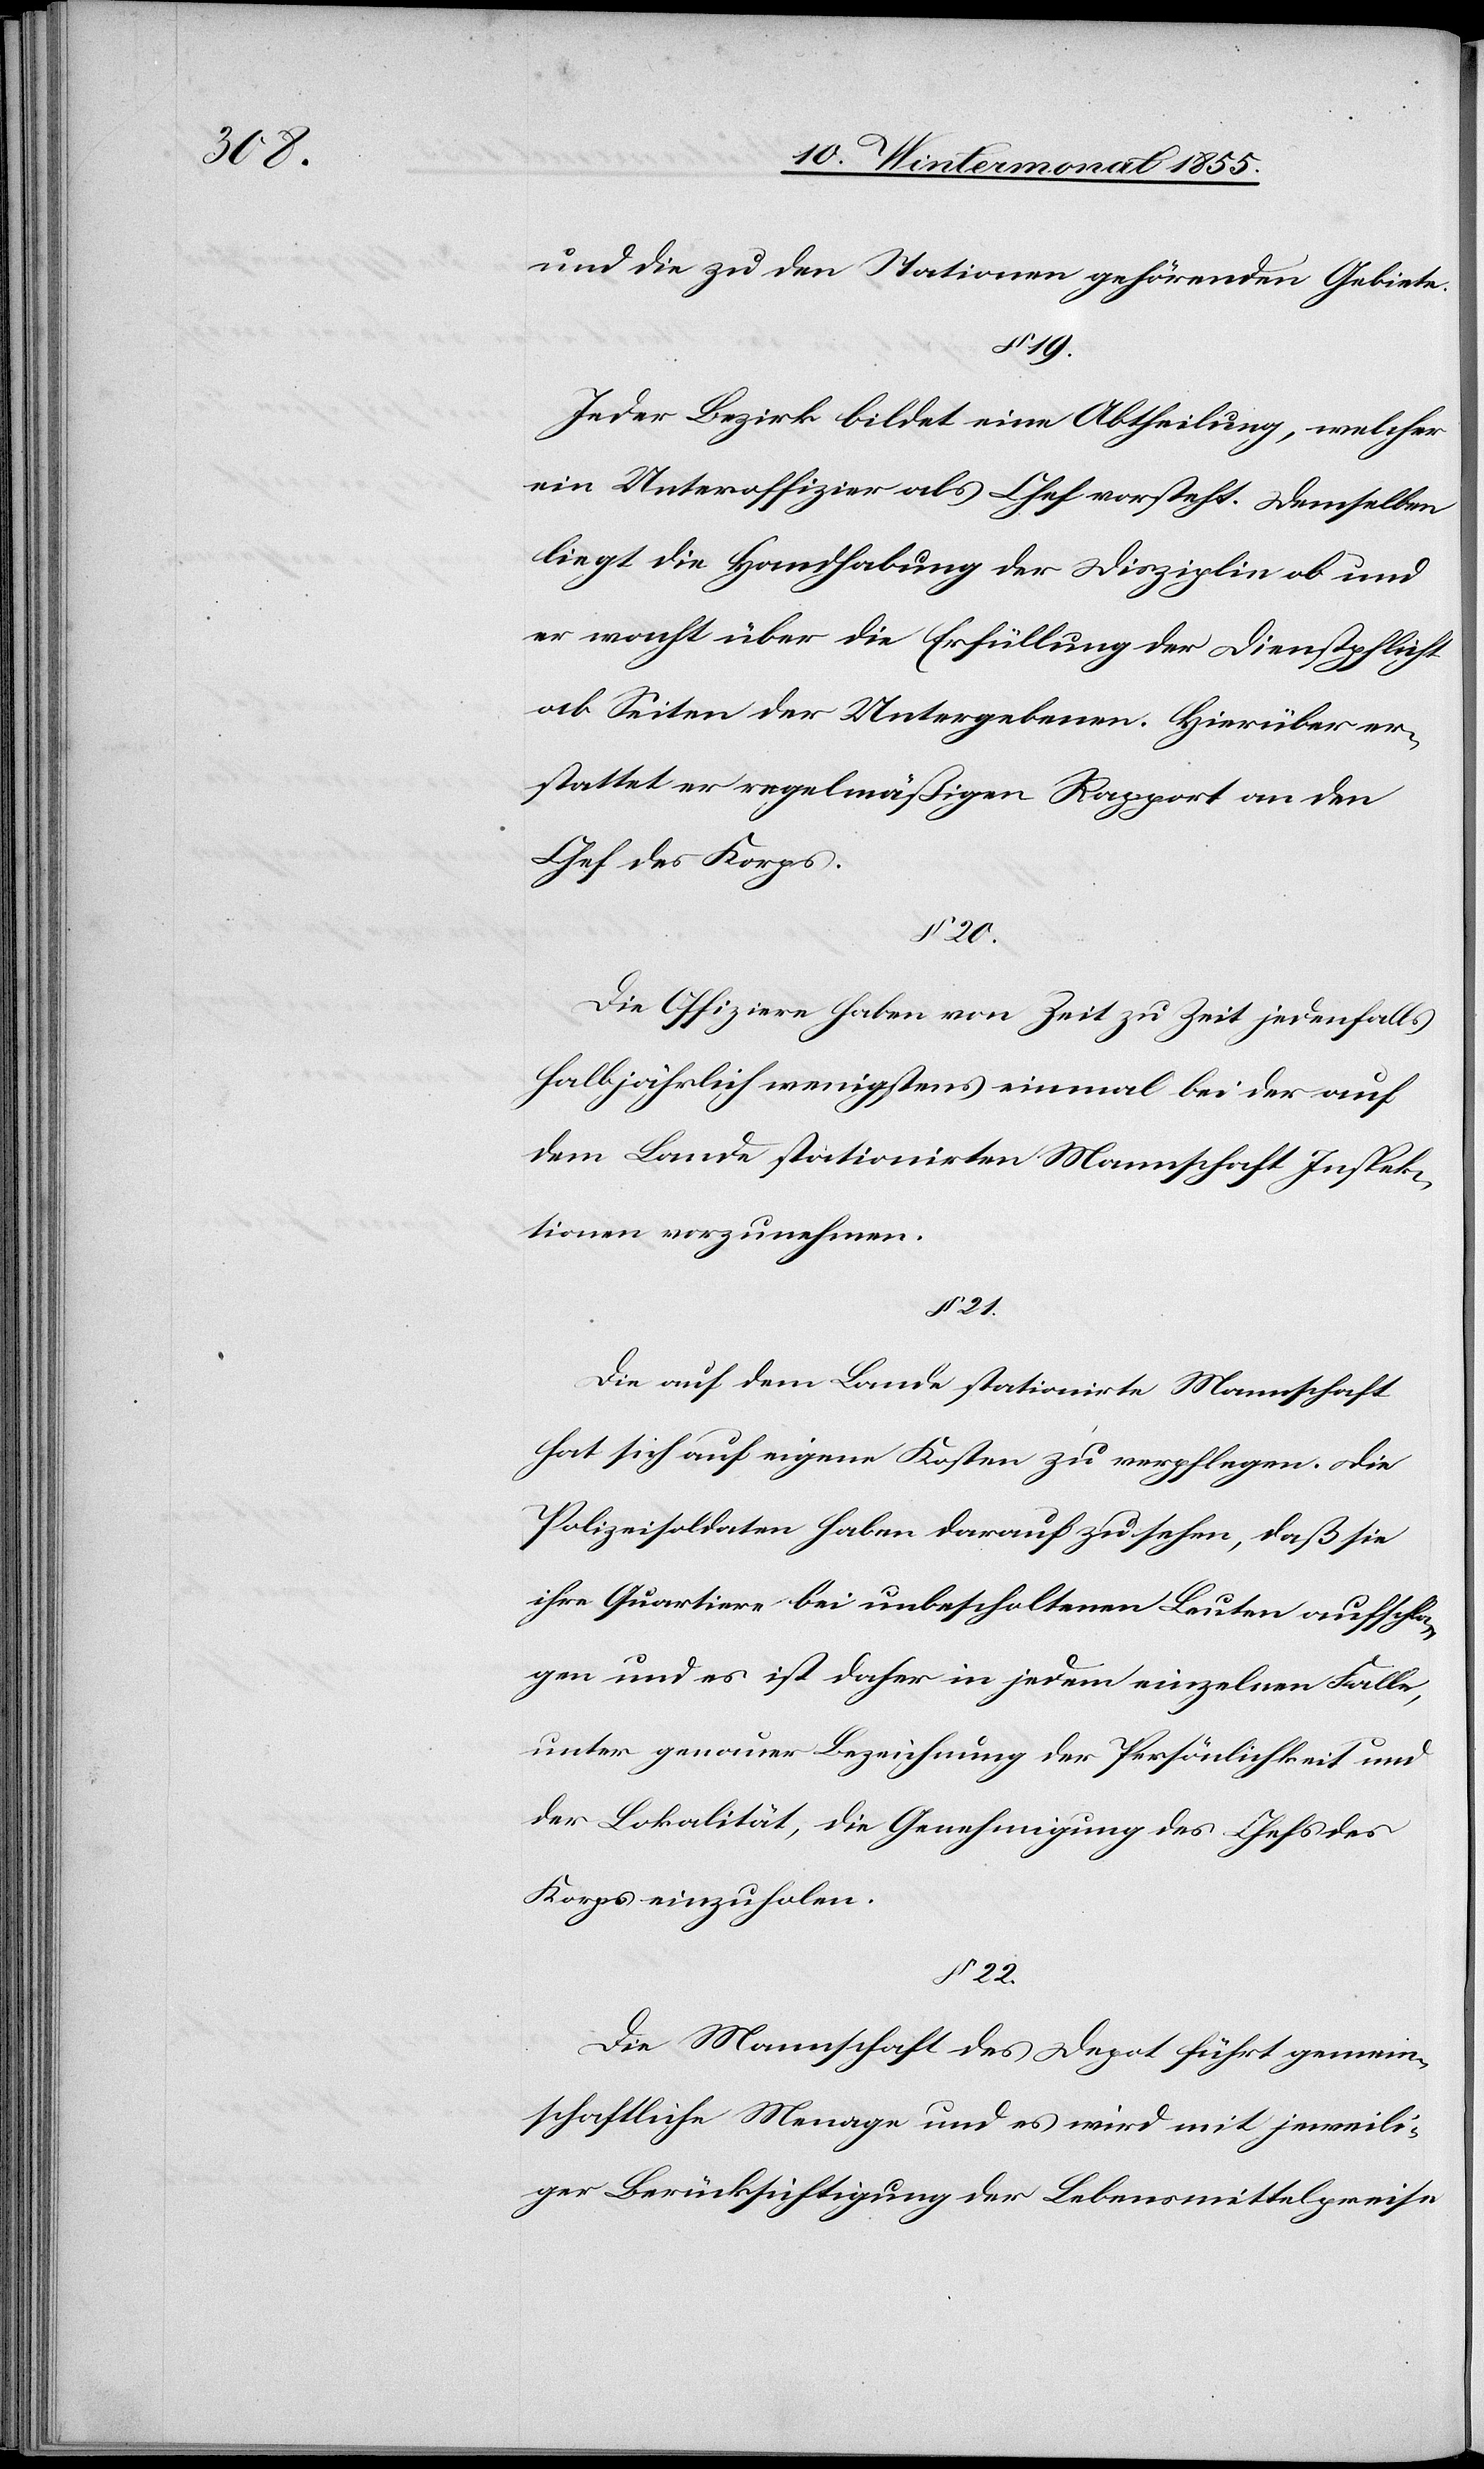
und die zu den Stationen gehörenden Gebiete.
19.
Jeder Bezirk bildet eine Abtheilung, welcher
ein Unteroffizier als Chef vorsteht. Demselben
liegt die Handhabung der Disziplin ob und
er wacht über die Erfüllung der Dienstpflicht
ab Seiten der Untergebenen. Hierüber er¬
stattet er regelmäßigen Rapport an den
Chef des Korps.
§ 20.
Die Offiziere haben von Zeit zu Zeit jedenfalls
halbjährlich wenigstens einmal bei der auf
dem Lande stationirten Mannschaft Inspek¬
tionen vorzunehmen.
§ 21.
Die auf dem Lande stationirte Mannschaft
hat sich auf eigene Kosten zu verpflegen. Die
Polizeisoldaten haben darauf zu sehen, daß sie
ihre Quartiere bei unbescholtenen Leuten aufschla¬
gen und es ist daher in jedem einzelnen Falle,
unter genauer Bezeichnung der Persönlichkeit und
der Lokalität, die Genehmigung des Chefs des
Korps einzuholen.
§ 22.
Die Mannschaft des Depot führt gemein¬
schaftliche Menage und es wird mit jeweili¬
ger Berücksichtigung der Lebensmittelpreise